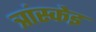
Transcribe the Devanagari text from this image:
त्रांस्केइ